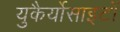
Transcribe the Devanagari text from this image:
युकैर्योसाइटों